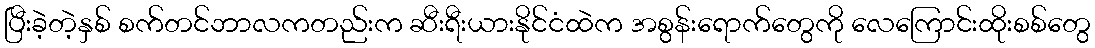
ပြီးခဲ့တဲ့နှစ် စက်တင်ဘာလကတည်းက ဆီးရီးယားနိုင်ငံထဲက အစွန်းရောက်တွေကို လေကြောင်းထိုးစစ်တွေ